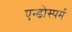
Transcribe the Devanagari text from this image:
एन्डोस्पर्म